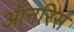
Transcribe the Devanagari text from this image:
ऑनरिस